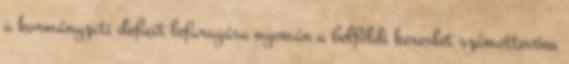
a kormányzati deficit lefaragása nyomán a belföldi kereslet számottevően